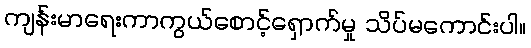
ကျန်းမာရေးကာကွယ်စောင့်ရှောက်မှု သိပ်မကောင်းပါ။